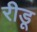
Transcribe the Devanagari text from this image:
रीडू